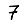
Digit: 7